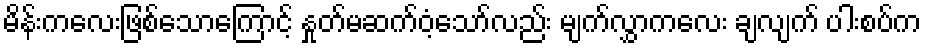
မိန်းကလေးဖြစ်သောကြောင့် နှုတ်မဆက်ဝံ့သော်လည်း မျက်လွှာကလေး ချလျက် ပါးစပ်က